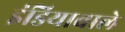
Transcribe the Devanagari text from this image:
इंडियावाले